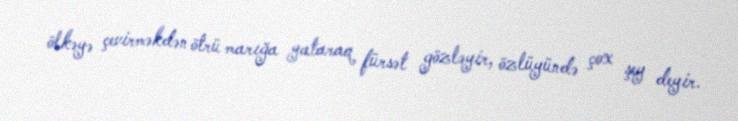
ölkəyə çevirməkdən ötrü marığa yataraq fürsət gözləyir, özlüyündə çox şey deyir.